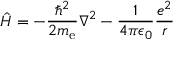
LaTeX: { \hat { H } } = - { { \frac { \hbar ^ { 2 } } { 2 m _ { \mathrm { e } } } } \nabla ^ { 2 } } - { \frac { 1 } { 4 \pi \epsilon _ { 0 } } } { \frac { e ^ { 2 } } { r } }